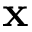
\mathbf { x }